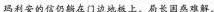
玛利安的信仍躺在门边地板上。局长困惑难解。